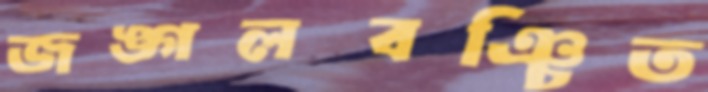
জঙ্গলবঞ্চিত